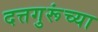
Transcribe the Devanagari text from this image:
दत्तगुरूंच्या